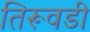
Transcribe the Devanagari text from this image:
तिरूवडी